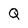
Character: Q